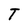
Character: T